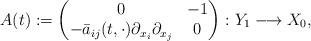
LaTeX: \begin{align*}A(t) :=\begin{pmatrix}0 & -1 \\-\bar{a}_{ij}(t, \cdot) \partial_{x_{i}} \partial_{x_{j}} & 0\end{pmatrix}\colon Y_{1} \longrightarrow X_{0},\end{align*}